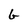
Character: G